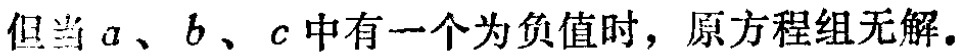
但当 \(a\)、\(b\)、\(c\) 中有一个为负值时，原方程组无解。